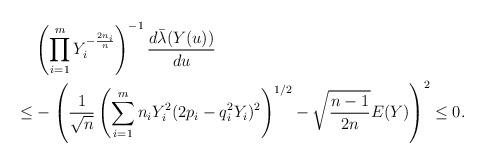
LaTeX: \begin{align*}& \left ( \prod_{i=1}^mY_i^{- \frac{2n_i}{n}} \right )^{-1} \frac{d \bar{\lambda}(Y(u))}{du} \\\leq & - \left ( \frac{1}{\sqrt{n}} \left ( \sum_{i=1}^m n_iY_i^2 (2 p_i - q_i^2Y_i)^2 \right )^{1/2} -\sqrt{\frac{n-1}{2n}} E(Y) \right )^2 \leq 0. \end{align*}